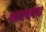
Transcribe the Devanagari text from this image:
शाल्ववध